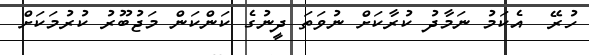
ހުރޭ  އެކަމު ނަމާދު ކުރާކަށް ނުވަތަ ދީނުގެ ކަންކަން މަޖުބޫރު ކުރުމަކަށް